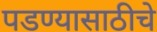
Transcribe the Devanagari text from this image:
पडण्यासाठीचे